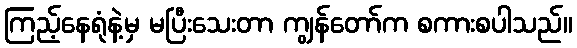
ကြည့်နေရုံနဲ့မှ မပြီးသေးတာ ကျွန်တော်က စကားစပါသည်။